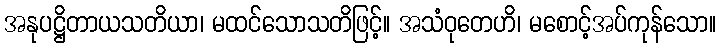
အနုပဋ္ဌိတာယသတိယာ၊ မထင်သောသတိဖြင့်။ အသံဝုတေဟိ၊ မစောင့်အပ်ကုန်သော။